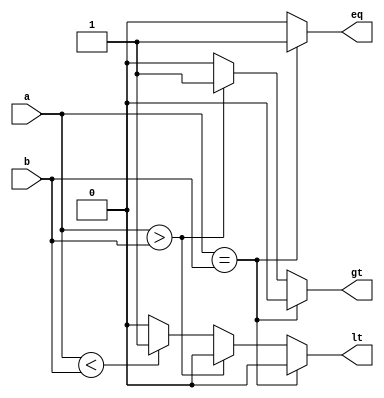
`timescale 1ns / 1ps
`default_nettype none

//////////////////////////////////////////////////////////////////////////////////
// Company: Ratner Engineering
// 
// Design Name: 
// Module Name: comp_nb
// Project Name: 
// Target Devices: 
// Tool Versions: 
// Description: n-bit comparator model
//
//   Usage (instantiation) example for 16-bit comparator 
//          (model defaults to 8-bit comparator)
//
//      comp_nb #(.n(16)) MY_COMP (
//          .a  (xxxx), 
//          .b  (xxxx), 
//          .eq (xxxx), 
//          .gt (xxxx), 
//          .lt (xxxx)
//          );  
// 
// Dependencies: 
// 
// Revision:
// Revision 1.00 - File Created: 07-06-2018
//          1.01 - (11-24-2019) added macros, general clean-up
//          1.02 - (12-20-2020) changed position of parameter
//
// Additional Comments:
// 
//////////////////////////////////////////////////////////////////////////////////


module comp_nb  #(parameter n=8) (
    input wire [n-1:0] a,
	 input wire [n-1:0] b, 
    output reg eq, 
    output reg lt, 
    output reg gt   ); 
  
    
    always @ (a,b)
    begin      
       if (a == b)
       begin     
          eq = 1; lt = 0;  gt = 0;   
       end
       else if (a > b)   
       begin     
          eq = 0; lt = 0;  gt = 1; 
       end
       else if (a < b)  
       begin     
          eq = 0; lt = 1;  gt = 0; 
	   end
       else
       begin     
          eq = 0; lt = 0;  gt = 0; 
       end  
    end 

endmodule

`default_nettype wire